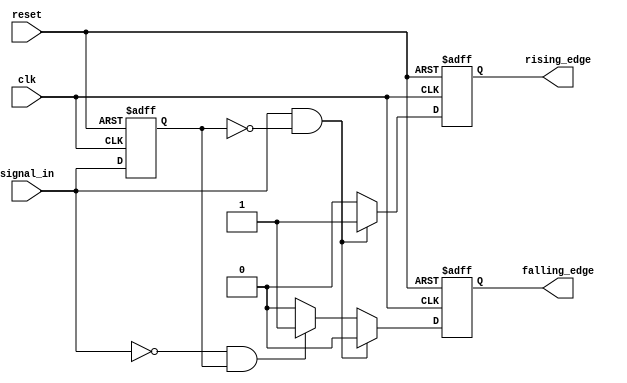
module differential_edge_detector (
    input wire clk,            // Clock signal
    input wire reset,          // Reset signal
    input wire signal_in,      // Input signal
    output reg rising_edge,    // Rising edge detected
    output reg falling_edge     // Falling edge detected
);

// Memory element to store the previous state of the input signal
reg previous_signal;

// Asynchronous reset and edge detection logic
always @(posedge clk or posedge reset) begin
    if (reset) begin
        // Initialize outputs and previous signal
        rising_edge <= 0;
        falling_edge <= 0;
        previous_signal <= 0;
    end else begin
        // Edge detection logic
        if (signal_in && !previous_signal) begin
            // Rising edge detected
            rising_edge <= 1;
            falling_edge <= 0;
        end else if (!signal_in && previous_signal) begin
            // Falling edge detected
            falling_edge <= 1;
            rising_edge <= 0;
        end else begin
            // No edge detected
            rising_edge <= 0;
            falling_edge <= 0;
        end
        
        // Update previous signal with the current input
        previous_signal <= signal_in;
    end
end

endmodule